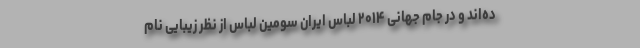
ده‌اند و در جام جهانی ۲۰۱۴ لباس ایران سومین لباس از نظر زیبایی نام